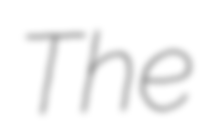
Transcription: The